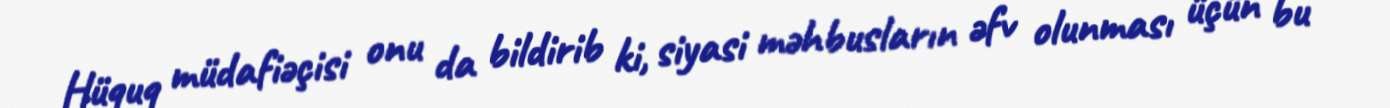
Hüquq müdafiəçisi onu da bildirib ki, siyasi məhbusların əfv olunması üçün bu